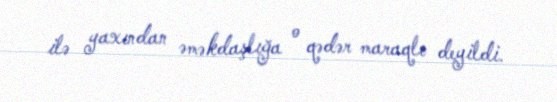
ilə yaxından əməkdaşlığa o qədər maraqlı deyildi.